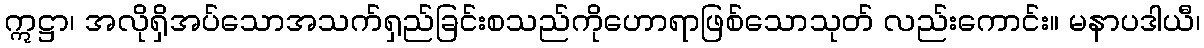
ဣဋ္ဌာ၊ အလိုရှိအပ်သောအသက်ရှည်ခြင်းစသည်ကိုဟောရာဖြစ်သောသုတ် လည်းကောင်း။ မနာပဒါယီ၊